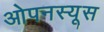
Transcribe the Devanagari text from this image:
ओपनस्यूस